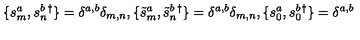
\{ s _ { m } ^ { a } , s _ { n } ^ { b } { } ^ { \dagger } \} = \delta ^ { a , b } \delta _ { m , n } , \{ \tilde { s } _ { m } ^ { a } , \tilde { s } _ { n } ^ { b } { } ^ { \dagger } \} = \delta ^ { a , b } \delta _ { m , n } , \{ s _ { 0 } ^ { a } , s _ { 0 } ^ { b } { } ^ { \dagger } \} = \delta ^ { a , b }